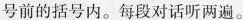
号前的括号内.每段对话听两遍.